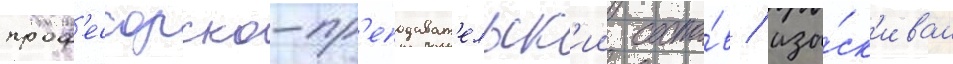
проф'ессорско-пр'еподават'ельск'ии соста́в / изы́ск'ивал